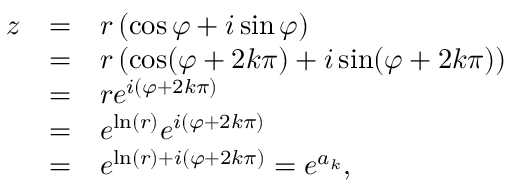
{ \begin{array} { l l l } { z } & { = } & { r \left( \cos \varphi + i \sin \varphi \right) } \\ & { = } & { r \left( \cos ( \varphi + 2 k \pi ) + i \sin ( \varphi + 2 k \pi ) \right) } \\ & { = } & { r e ^ { i ( \varphi + 2 k \pi ) } } \\ & { = } & { e ^ { \ln ( r ) } e ^ { i ( \varphi + 2 k \pi ) } } \\ & { = } & { e ^ { \ln ( r ) + i ( \varphi + 2 k \pi ) } = e ^ { a _ { k } } , } \end{array} }